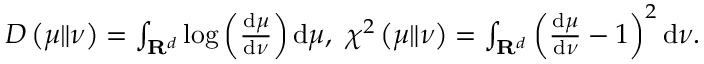
\begin{array} { r } { D \left( \mu \| \nu \right) = \int _ { \mathbf { R } ^ { d } } \log \left( \frac { \mathrm { d } \mu } { \mathrm { d } \nu } \right) \mathrm { d } \mu , \ \chi ^ { 2 } \left( \mu \| \nu \right) = \int _ { \mathbf { R } ^ { d } } \left( \frac { \mathrm { d } \mu } { \mathrm { d } \nu } - 1 \right) ^ { 2 } \mathrm { d } \nu . } \end{array}